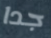
جدا